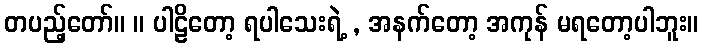
တပည့်တော်။ ။ ပါဠိတော့ ရပါသေးရဲ့ , အနက်တော့ အကုန် မရတော့ပါဘူး။